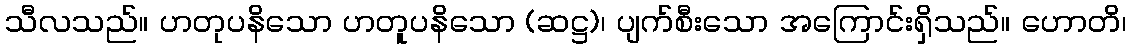
သီလသည်။ ဟတုပနိသော ဟတူပနိသော (ဆဋ္ဌ)၊ ပျက်စီးသော အကြောင်းရှိသည်။ ဟောတိ၊